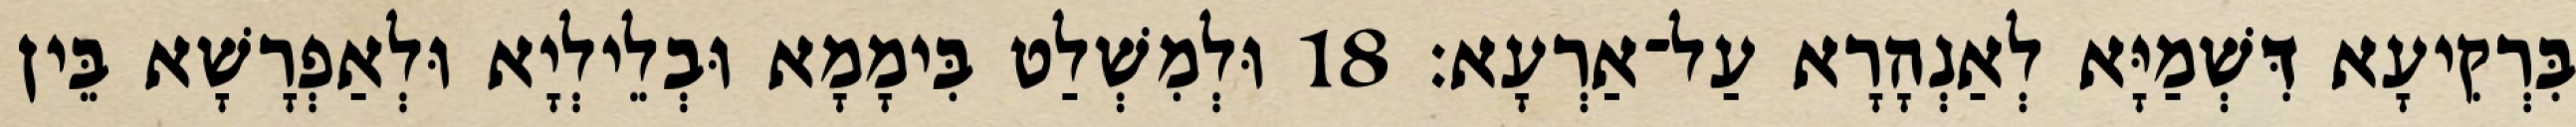
בִּרְקִיעָא דִּשְׁמַיָּא לְאַנְהָרָא עַל־אַרְעָא׃ 18 וּלְמִשְׁלַט בִּימָמָא וּבְלֵילְיָא וּלְאַפְרָשָׁא בֵּין